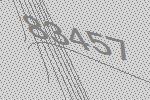
83457